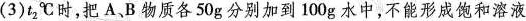
(3)t_{2}℃时，把A、B物质各50g分别加到100g水中，不能形成饱和溶液